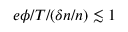
e \phi / T / ( \delta n / n ) \lesssim 1